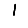
Digit: 1